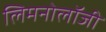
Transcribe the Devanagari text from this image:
लिमनोलॉजी